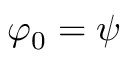
\varphi _ { 0 } = \psi